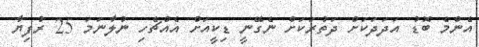
އެންމެ ބޮޑު އަދަދަކަށް ދަތުރަކަށް ނެގޭނީ ޑިކީއަށް އެއްޗެހި ނުލާނަމަ 25 ރުފިޔާ